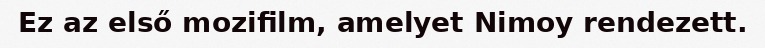
Ez az első mozifilm, amelyet Nimoy rendezett.